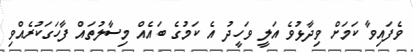
ވެފައިވާ ކަމަށް ވިދާޅުވެ އަލީ ވަހީދު އެ ކަމުގެ ބައެއް މިސާލުތައް ފާހަގަކުރެއްވި